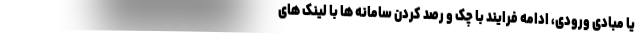
یا مبادی ورودی، ادامه فرایند با چک و رصد کردن سامانه ها با لینک های